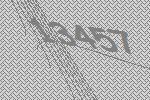
13457